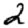
Digit: 2